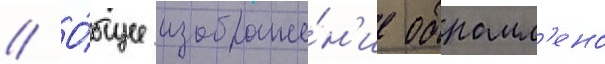
// О́бщее изображе́н'ие обрамл'ено